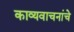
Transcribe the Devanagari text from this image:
काव्यवाचनांचे